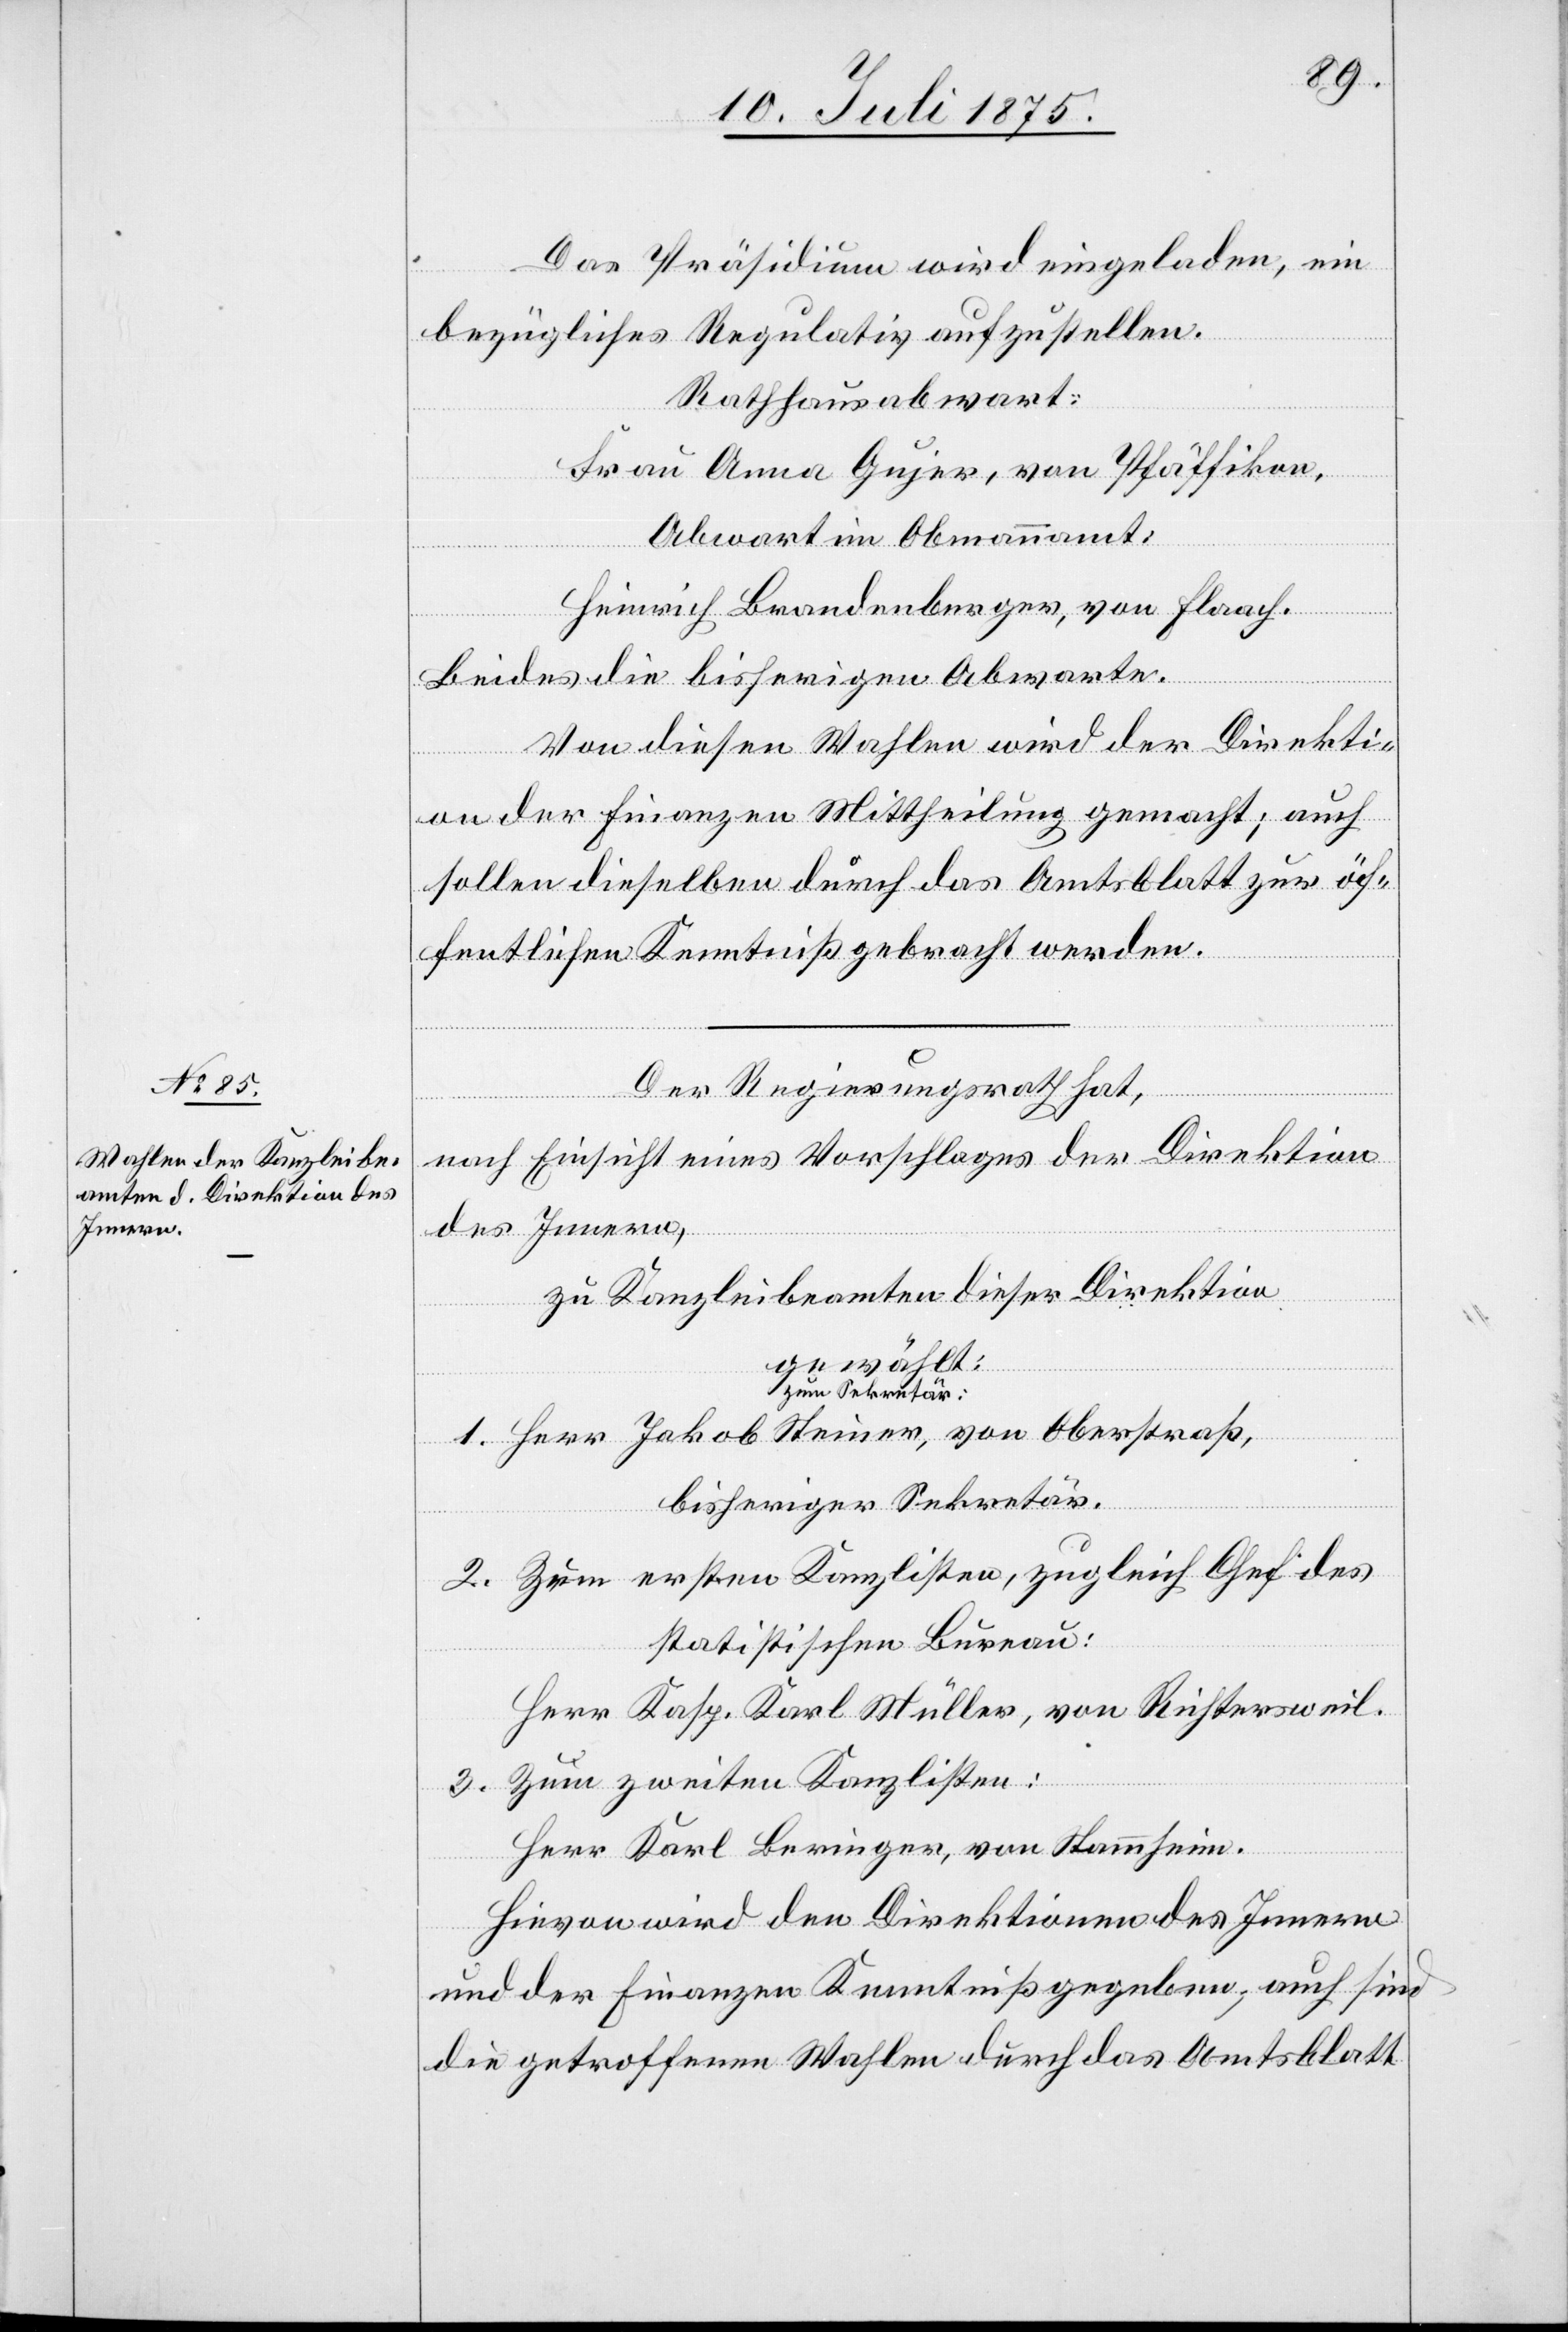
Das Präsidium wird eingeladen, ein
bezügliches Regulativ aufzustellen.
Rathhausabwart:
Frau Anna Gujer, von Pfäffikon.
Abwart im Obmannamt:
Heinrich Brandenberger, von Flaach.
Beides die bisherigen Abwarte.
Von diesen Wahlen wird der Direkti¬
on der Finanzen Mittheilung gemacht; auch
sollen dieselben durch das Amtsblatt zur öf¬
fentlichen Kenntniß gebracht werden.
Der Regierungsrath hat,
nach Einsicht eines Vorschlages der Direktion
des Innern,
zu Kanzleibeamten dieser Direktion
gewählt:
Zum Sekretär:
Herr Jakob Steiner, von Oberstraß,
bisheriger Sekretär.
2. Zum ersten Kanzlisten, zugleich Chef des
statistischen Bureau:
Herr Kasp. Karl Müller, von Richtersweil.
3. Zum zweiten Kanzlisten:
Herr Karl Beringer, von Stammheim.
Hievon wird den Direktionen des Innern
und der Finanzen Kenntniß gegeben, auch sind
die getroffenen Wahlen durch das Amtsblatt